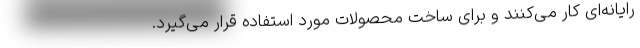
رایانه‌ای کار می‌کنند و برای ساخت محصولات مورد استفاده قرار می‌گیرد.